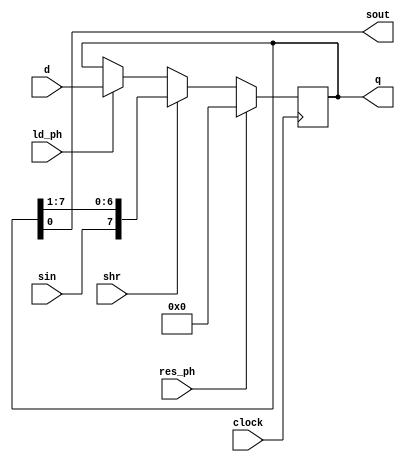
module vpl_phreg_v(d,sin,ld_ph,shr,res_ph,clock,q,sout);
	input[7:0] d;
	input sin,ld_ph,shr,res_ph,clock;
	output reg[7:0] q;
	output sout;
	
	assign sout = q[0];
	
	always@(posedge clock)
		if(res_ph)
			q = 8'b00000000;
		else if(shr)
			q = {sin,q[7:1]};
		else if(ld_ph)
			q = d;
		else 
			q = q;
endmodule